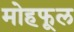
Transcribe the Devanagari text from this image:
मोहफूल